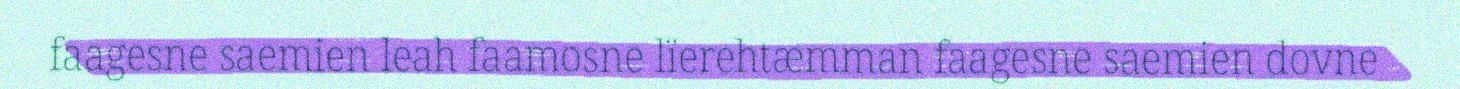
faagesne saemien leah faamosne lïerehtæmman faagesne saemien dovne